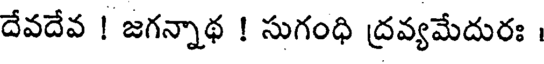
దేవదేవ ! జగన్నాథ ! సుగంధి ద్రవ్యమేదురః